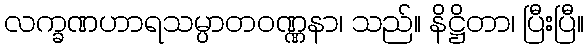
လက္ခဏဟာရသမ္ပာတဝဏ္ဏနာ၊ သည်။ နိဋ္ဌိတာ၊ ပြီးပြီ။